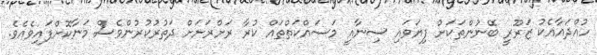
ހުއްދައާއެކު ޒަރޫރީ ބޭނުންތަކަށް ފިޔަވައި ސިނާއީ މަސައްކަތްތައް ކުރާ ރަށްރަށަށް ދަތުރުކުރުންވެސް މަނާކޮށްފައިވެއެވެ.